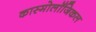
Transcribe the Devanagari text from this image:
कास्मोलॉजिकल